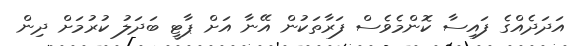
އަދަދެއްގެ ފައިސާ ކޮންމެވެސް ފަރާތަކުން އޭނާ އަށް ޕާޓީ ބަދަލު ކުރުމަށް ދިން